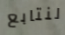
لنتابع